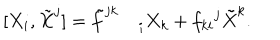
[ X _ { i } , \tilde { X } ^ { j } ] = { \tilde { f } ^ { j k } } _ { \: i } X _ { k } + { f _ { k i } } ^ { j } \tilde { X } ^ { k } .